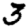
Digit: 3